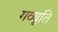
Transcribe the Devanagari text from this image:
गव्यूति